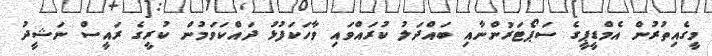
މީގެއިތުރުން އެމްޑީޕީގެ ސަޕޯޓަރުންނާއި ބައްދަލު ކުރައްވައި ވާހަކަފުޅު ދައްކަވަމުން ކުރީގެ ރައީސް ނަޝީދު